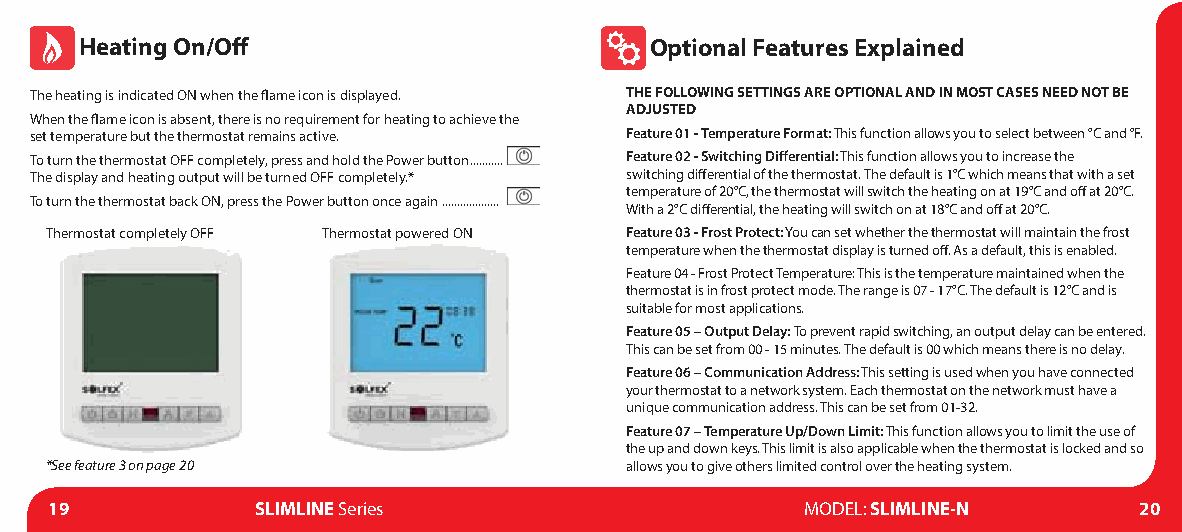
Heating On/Off                        Optional Features Explained
 The heating is indicated ON when the flame icon is displayed. THE FOLLOWING SETTINGS ARE OPTIONAL AND IN MOST CASES NEED NOT BE
 ADJUSTED
 When the flame icon is absent, there is no requirement for heating to achieve the
 set temperature but the thermostat remains active. Feature 01 - Temperature Format: This function allows you to select between °C and °F.
 To turn the thermostat OFF completely, press and hold the Power button........... Feature 02 - Switching Differential: This function allows you to increase the
 The display and heating output will be turned OFF completely.* switching differential of the thermostat. The default is 1°C which means that with a set
 temperature of 20°C, the thermostat will switch the heating on at 19°C and off at 20°C.
 To turn the thermostat back ON, press the Power button once again ...................
 With a 2°C differential, the heating will switch on at 18°C and off at 20°C.
 Thermostat completely OFF Thermostat powered ON Feature 03 - Frost Protect: You can set whether the thermostat will maintain the frost
 temperature when the thermostat display is turned off. As a default, this is enabled.
 Feature 04 - Frost Protect Temperature: This is the temperature maintained when the
 thermostat is in frost protect mode. The range is 07 - 17°C. The default is 12°C and is
 suitable for most applications.
 Feature 05 – Output Delay: To prevent rapid switching, an output delay can be entered.
 This can be set from 00 - 15 minutes. The default is 00 which means there is no delay.
 Feature 06 – Communication Address: This setting is used when you have connected
 your thermostat to a network system. Each thermostat on the network must have a
 unique communication address. This can be set from 01-32.
 Feature 07 – Temperature Up/Down Limit: This function allows you to limit the use of
 the up and down keys. This limit is also applicable when the thermostat is locked and so
 *See feature 3 on page 20             allows you to give others limited control over the heating system.
 19            SLIMLINE Series                     MODEL: SLIMLINE-N     20